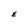
Character: E